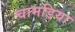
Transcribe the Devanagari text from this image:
चामडिया